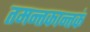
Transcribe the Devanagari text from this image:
तमन्तकान्तकं